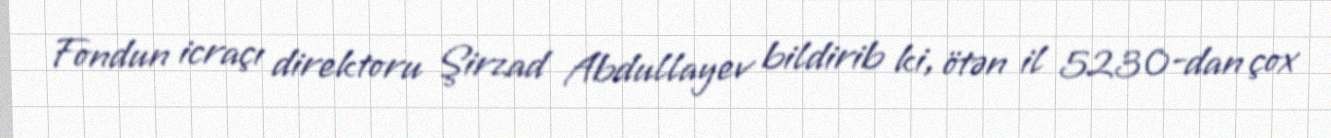
Fondun icraçı direktoru Şirzad Abdullayev bildirib ki, ötən il 5230-dan çox